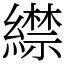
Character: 䌝